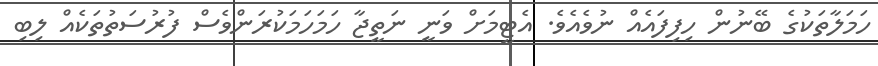
ހަމަލާތަކުގެ ބޭނުން ހިފިފައެއް ނުވެއެވެ. އެޓީމަށް ވަނީ ނަތީޖާ ހަމަހަމަކުރަންވެސް ފުރުސަތުތަކެއް ލިބި